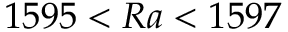
{ 1 5 9 5 < R a < 1 5 9 7 }